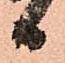
日